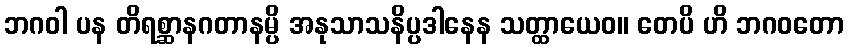
ဘဂဝါ ပန တိရစ္ဆာနဂတာနမ္ပိ အနုသာသနိပ္ပဒါနေန သတ္ထာယေဝ။ တေပိ ဟိ ဘဂဝတော